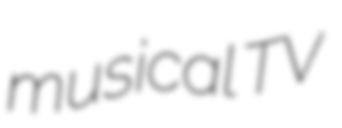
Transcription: musical TV